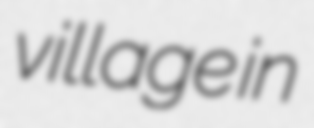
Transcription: village in